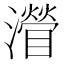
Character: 𤁽